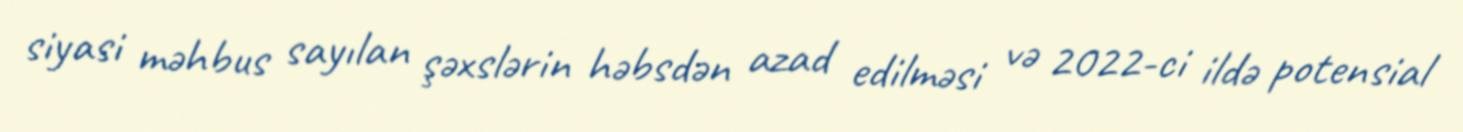
siyasi məhbus sayılan şəxslərin həbsdən azad edilməsi və 2022-ci ildə potensial